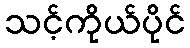
သင့်ကိုယ်ပိုင်